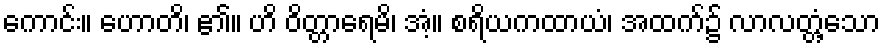
ကောင်း။ ဟောတိ၊ ၏။ ဟိ ဝိတ္တာရေမိ၊ အံ့။ စရိယကထာယံ၊ အထက်၌ လာလတ္တံ့သော